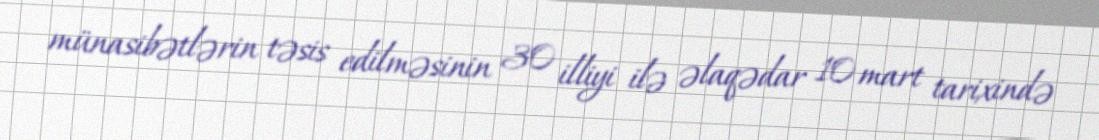
münasibətlərin təsis edilməsinin 30 illiyi ilə əlaqədar 10 mart tarixində